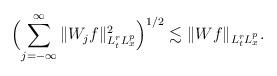
LaTeX: \begin{align*} \Bigl(\sum \limits_{j=-\infty}^\infty \|W_jf\|_{L^r_t L^p_x}^2 \Bigr)^{1/2} \lesssim \|Wf \|_{L^r_t L^p_x}.\end{align*}